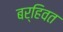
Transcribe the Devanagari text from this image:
बर्हिवत